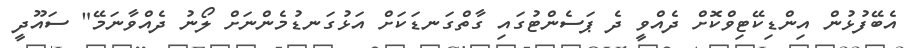
އެބޭފުޅުން އިންޑިކޭޓިވްކޮށް ދެއްވީ ދެ ޕަސެންޓުގައި ގާތްގަނޑަކަށް އަޅުގަނޑުމެންނަށް ލޯނު ދެއްވާނަމޭ" ސައޫދީ